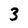
Character: 3